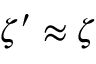
\zeta ^ { \prime } \approx \zeta